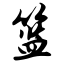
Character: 篮